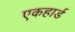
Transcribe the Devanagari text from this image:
एकहार्ड